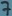
Text: 7